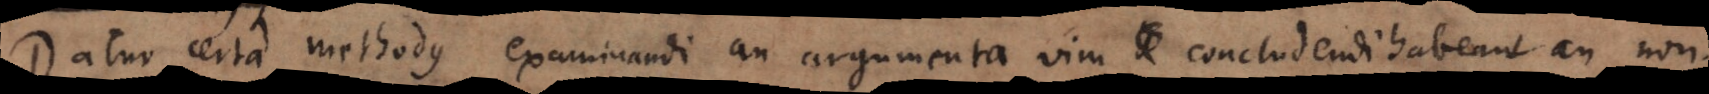
Datur certa methodus examinandi an argumenta vim concludendi habeant an no